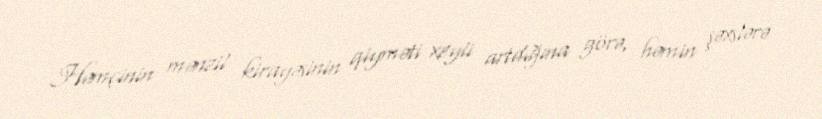
Həmçinin mənzil kirayəsinin qiyməti xeyli artdığına görə, həmin şəxslərə